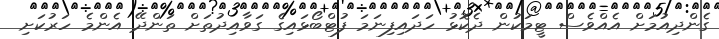
ގެންދިއުމަށް އެއްވެސް ޓީމަކުން ދެކޮޅު ހަދައިފިނަމަ ފުޓްބޯޅައިގެ ގަވާއިދުތަށް ތަންދޭ އެންމެ ހަރުކަށި